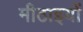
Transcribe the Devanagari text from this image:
मीठाइयों